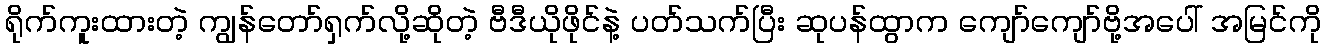
ရိုက်ကူးထားတဲ့ ကျွန်တော်ရှက်လို့ဆိုတဲ့ ဗီဒီယိုဖိုင်နဲ့ ပတ်သက်ပြီး ဆုပန်ထွာက ကျော်ကျော်ဗို့အပေါ် အမြင်ကို